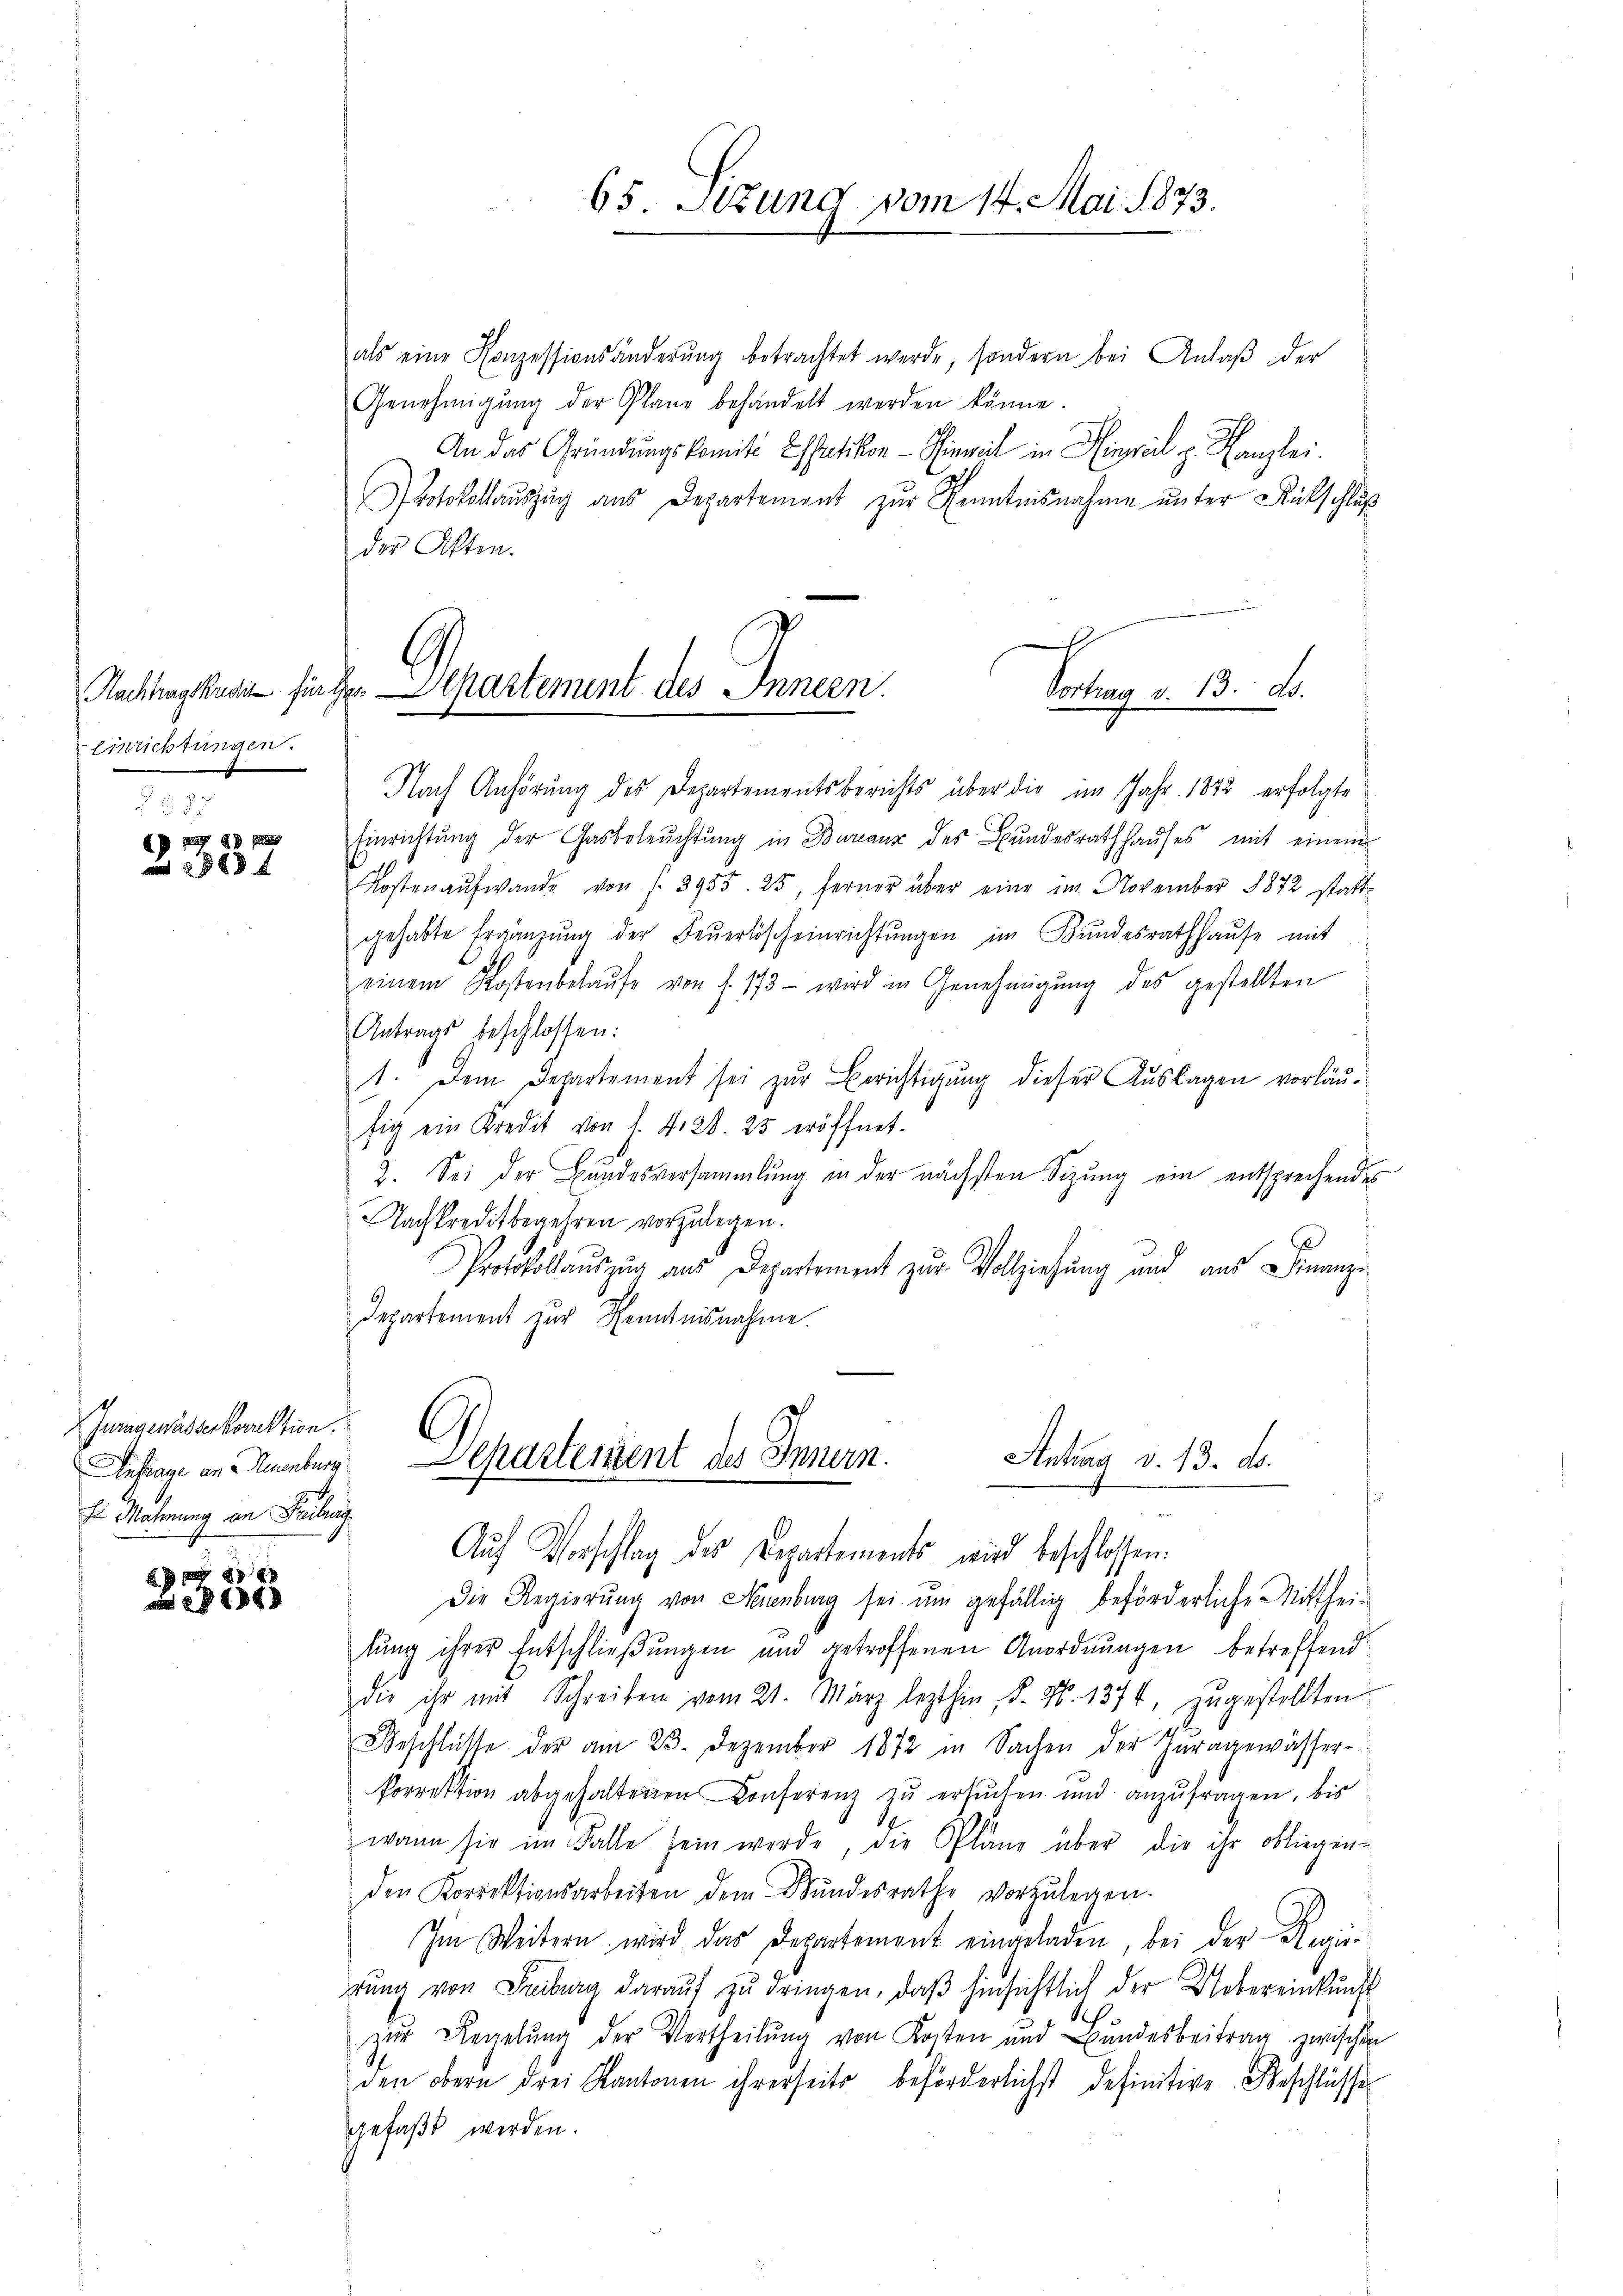
Einrichtungen.

ADE
 238 x

Jurngewasserkorrektion.
Anfrage an Neuenburg
Er Mahnung an Beitrag

2355

als eine Konzessionsänderŭng betrachtet werde, sondern bei Anlaβ der
Genehmigŭng der Plane behandelt werden könne.
An das Gründŭngskomité Espaetikon - Sieweil in Hinweil z. Kanzlei.
Protokollaŭszŭg aŭs Departement zŭr Kenntnisnahme unter Rückschluß
der Akten.
Nach Anhörung des Departementsberichts über die im Jahr 1872 erfolgte
Einrichtung der Gasbeleŭchtŭng in Bureaux des Bundesrathhaŭses mit einem
Kosten aŭfwande von f. 3955. 25, ferner über eine im November 1872 stattgehabte Ergänzŭng der Feŭerloscheinrichtŭngen im Bundesrathhaŭse mit
einem Kostenbelaŭfe von J. 173 - wird in Genehmigŭng des gestellten
Antrags beschlossen:
1. Dem Departement sei zur Berichtigung dieser Auslagen vorläufig ein Kredit von 1. N. 28. 25 eröffnet.
2. Sei der Bundesversammlung in der nächsten Sizung ein entsprechendes
Nachkredit begehren vorzulegen.
Protokollauszug aus Departement zur Vollziehung und aus Finanz¬
Departement zur Kenntnisnahme.

65. Setzung vom 14. Mai 1873.

Nachlag kann sie der Departement des Innern.
Sotrang u. B. St.

Antrag d. 13. ds.
Departement des Innern.
Aŭf Vorschlag des Repartements wird beschlossen:

Die Regierŭng von Neuenburg sei um gefällig beförderliche Mittheilung ihrer Entschließungen und getroffenen Anordnungen betreffend
die ihr mit Schreiben vom 21. März lezthin, 8. No. 1374, zugestellten
Beschlüsse der am 23. Dezember 1872 in Sachen der Inragewässer-
Porrektion abgehaltenen Conferenz zu ersuchen und anzufragen, bis
wann sie im Falle sein werde, die Pläne über die ihr obliegen-
den Korrektionsarbeiten dem Wundesrathe vorzŭlegen.
Im Weitern wird das Departemont eingeladen, bei der Regier
gŭng von Freiburg daraŭf zŭ dringen, daβ hinsichtlich der Uebereinkunft
zur Regelung der Vertheilung von Kosten und Bundesbeitrag zwischen
den obern drei Kantonen ihrerseits beförderlichst definitive Beschlüsse
gefaßt werden.